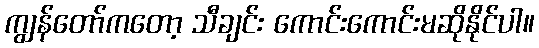
ကျွန်တော်ကတော့ သီချင်း ကောင်းကောင်းမဆိုနိုင်ပါ။